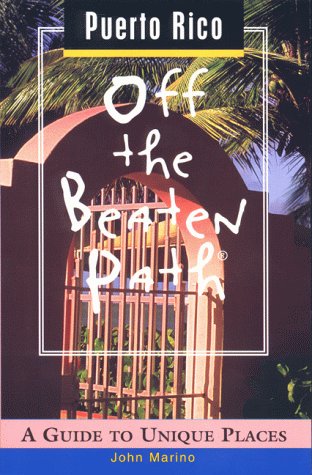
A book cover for Puerto Rico Off the Beaten Path: A Guide to Unique Places (Off the Beaten Path Series); John Marino; Travel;